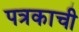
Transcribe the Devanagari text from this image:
पत्रकाची